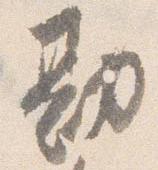
勘